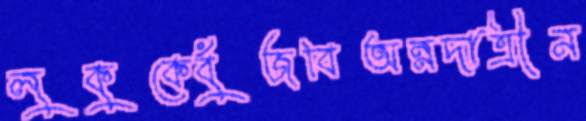
লুকুকেবুঁজবিঅন্নদাত্রীন